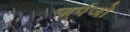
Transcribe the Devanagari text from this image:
ज़र्पजो